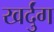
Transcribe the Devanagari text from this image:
खर्दुंग